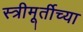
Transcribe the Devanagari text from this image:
स्त्रीमूर्तीच्या